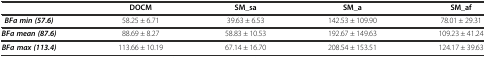
|  | DOCM | SM_sa | SM_a | SM_af |
 | --- | --- | --- | --- | --- |
 | BFa min (57.6) | 58.25 ± 6.71 | 39.63 ± 6.53 | 142.53 ± 109.90 | 78.01 ± 29.31 |
 | BFa mean (87.6) | 88.69 ± 8.27 | 58.83 ± 10.53 | 192.67 ± 149.63 | 109.23 ± 41.24 |
 | BFa max (113.4) | 113.66 ± 10.19 | 67.14 ± 16.70 | 208.54 ± 153.51 | 124.17 ± 39.63 |